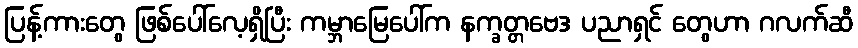
ပြန့်ကားတွေ ဖြစ်ပေါ်လေ့ရှိပြီး ကမ္ဘာမြေပေါ်က နက္ခတ္တဗေဒ ပညာရှင် တွေဟာ ဂလက်ဆီ